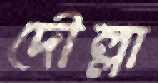
দৌল্লা